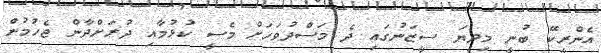
އެންރީކޭ ބުނީ މިދިޔަ ސީޒަނުގައި ދެ މަސްދުވަހަށް މެސީ ކުޅުމާއި ދުރަށްދާން ޖެހުމުން